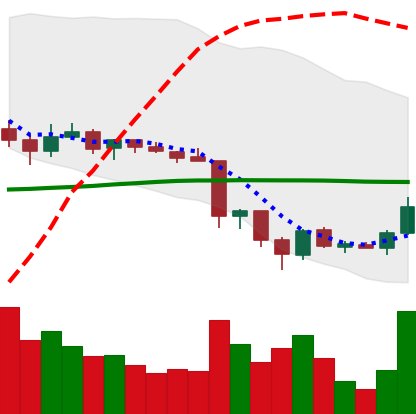
Ticker: TRX-USD
Chart end date: 2018-06-19
Forward return: -14.227%
Label: down_7plus